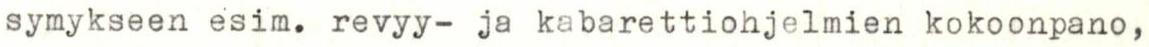
symykseen esim. revyy- ja kabarettiohjelmien kokoonpano,